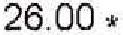
26.00 *